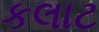
કલાટ